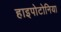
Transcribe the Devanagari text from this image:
हाइपोटोनिया